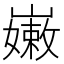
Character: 𡽫